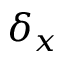
\delta _ { x }